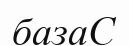
базаС